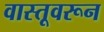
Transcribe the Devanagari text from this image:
वास्तूवरून